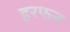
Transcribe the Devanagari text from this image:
हरफन